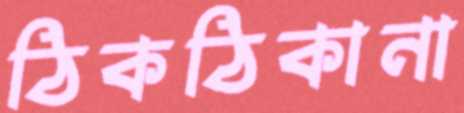
ঠিকঠিকানা